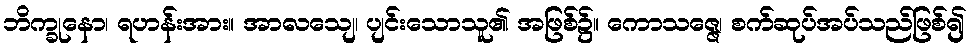
ဘိက္ခုနော၊ ရဟန်းအား။ အာလသျေ၊ ပျင်းသောသူ၏ အဖြစ်၌။ ကောသဇ္ဇေ၊ စက်ဆုပ်အပ်သည်ဖြစ်၍